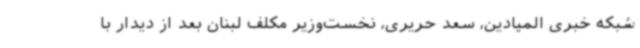
شبکه خبری المیادین، سعد حریری، نخست‌وزیر مکلف لبنان بعد از دیدار با